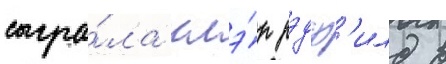
сыгра́ла клэ́р рэдф'илд в